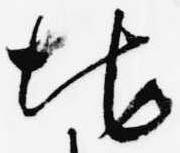
地